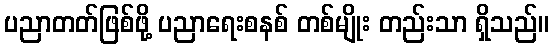
ပညာတတ်ဖြစ်ဖို့ ပညာရေးစနစ် တစ်မျိုး တည်းသာ ရှိသည်။